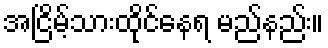
အငြိမ့်သားထိုင်နေရ မည်နည်း။